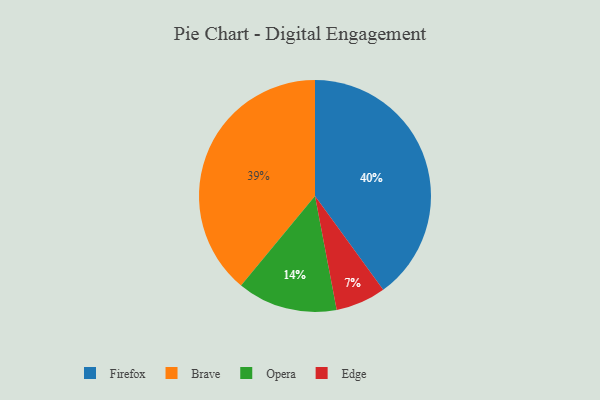
{"axis": {"x": "Category", "y": "Percentage"}, "legend": ["Brave", "Edge", "Firefox", "Opera"], "data": [{"x": "Firefox", "y": 40, "type": "Firefox"}, {"x": "Opera", "y": 14, "type": "Opera"}, {"x": "Brave", "y": 39, "type": "Brave"}, {"x": "Edge", "y": 7, "type": "Edge"}]}